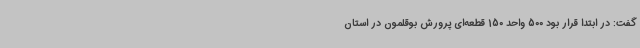
گفت: در ابتدا قرار بود 500 واحد 150 قطعه‌ای پرورش بوقلمون در استان